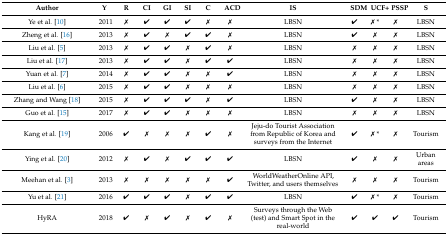
<table><thead><tr><td><b>Author</b></td><td><b>Y</b></td><td><b>R</b></td><td><b>CI</b></td><td><b>GI</b></td><td><b>SI</b></td><td><b>C</b></td><td><b>ACD</b></td><td><b>IS</b></td><td><b>SDM</b></td><td><b>UCF+</b></td><td><b>PSSP</b></td><td><b>S</b></td></tr></thead><tbody><tr><td>Ye et al. [10]</td><td>2011</td><td><b>✗</b></td><td>✔</td><td>✔</td><td>✔</td><td><b>✗</b></td><td><b>✗</b></td><td>LBSN</td><td>✔</td><td><b>✗</b> *</td><td><b>✗</b></td><td>LBSN</td></tr><tr><td>Zheng et al. [16]</td><td>2013</td><td><b>✗</b></td><td>✔</td><td><b>✗</b></td><td>✔</td><td>✔</td><td><b>✗</b></td><td>LBSN</td><td>✔</td><td><b>✗</b></td><td><b>✗</b></td><td>LBSN</td></tr><tr><td>Liu et al. [5]</td><td>2013</td><td><b>✗</b></td><td>✔</td><td>✔</td><td><b>✗</b></td><td>✔</td><td><b>✗</b></td><td>LBSN</td><td><b>✗</b></td><td><b>✗</b></td><td><b>✗</b></td><td>LBSN</td></tr><tr><td>Liu et al. [17]</td><td>2013</td><td><b>✗</b></td><td>✔</td><td>✔</td><td><b>✗</b></td><td>✔</td><td>✔</td><td>LBSN</td><td><b>✗</b></td><td><b>✗</b></td><td><b>✗</b></td><td>LBSN</td></tr><tr><td>Yuan et al. [7]</td><td>2014</td><td><b>✗</b></td><td>✔</td><td>✔</td><td><b>✗</b></td><td><b>✗</b></td><td>✔</td><td>LBSN</td><td><b>✗</b></td><td><b>✗</b></td><td><b>✗</b></td><td>LBSN</td></tr><tr><td>Liu et al. [6]</td><td>2015</td><td><b>✗</b></td><td>✔</td><td>✔</td><td><b>✗</b></td><td><b>✗</b></td><td><b>✗</b></td><td>LBSN</td><td><b>✗</b></td><td><b>✗</b></td><td><b>✗</b></td><td>LBSN</td></tr><tr><td>Zhang and Wang [18]</td><td>2015</td><td><b>✗</b></td><td>✔</td><td>✔</td><td>✔</td><td><b>✗</b></td><td>✔</td><td>LBSN</td><td>✔</td><td><b>✗</b></td><td><b>✗</b></td><td>LBSN</td></tr><tr><td>Guo et al. [15]</td><td>2017</td><td><b>✗</b></td><td>✔</td><td>✔</td><td><b>✗</b></td><td><b>✗</b></td><td><b>✗</b></td><td>LBSN</td><td><b>✗</b></td><td><b>✗</b></td><td><b>✗</b></td><td>LBSN</td></tr><tr><td>Kang et al. [19]</td><td>2006</td><td>✔</td><td><b>✗</b></td><td><b>✗</b></td><td><b>✗</b></td><td>✔</td><td><b>✗</b></td><td>Jeju-do Tourist Association from Republic of Korea and surveys from the Internet</td><td>✔</td><td><b>✗</b> *</td><td><b>✗</b></td><td>Tourism</td></tr><tr><td>Ying et al. [20]</td><td>2012</td><td><b>✗</b></td><td>✔</td><td><b>✗</b></td><td>✔</td><td>✔</td><td>✔</td><td>LBSN</td><td>✔</td><td><b>✗</b></td><td><b>✗</b></td><td>Urban areas</td></tr><tr><td>Meehan et al. [3]</td><td>2013</td><td><b>✗</b></td><td><b>✗</b></td><td><b>✗</b></td><td><b>✗</b></td><td><b>✗</b></td><td>✔</td><td>WorldWeatherOnline API, Twitter, and users themselves</td><td><b>✗</b></td><td><b>✗</b></td><td><b>✗</b></td><td>Tourism</td></tr><tr><td>Yu et al. [21]</td><td>2016</td><td>✔</td><td>✔</td><td>✔</td><td><b>✗</b></td><td>✔</td><td>✔</td><td>LBSN</td><td>✔</td><td><b>✗</b> *</td><td><b>✗</b></td><td>Tourism</td></tr><tr><td>HyRA</td><td>2018</td><td>✔</td><td><b>✗</b></td><td>✔</td><td><b>✗</b></td><td>✔</td><td><b>✗</b></td><td>Surveys through the Web (test) and Smart Spot in the real-world</td><td>✔</td><td>✔</td><td>✔</td><td>Tourism</td></tr></tbody></table>